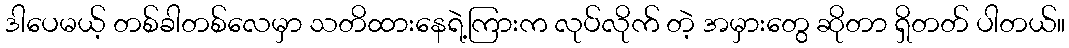
ဒါပေမယ့် တစ်ခါတစ်လေမှာ သတိထားနေရဲ့ကြားက လုပ်လိုက် တဲ့ အမှားတွေ ဆိုတာ ရှိတတ် ပါတယ်။